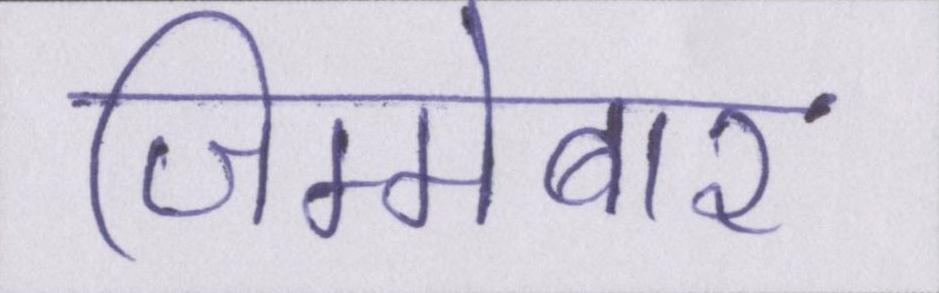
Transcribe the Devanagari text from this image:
जिम्मेबार